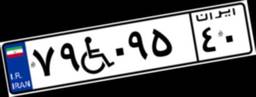
۷۹W۰۹۵۴۰